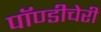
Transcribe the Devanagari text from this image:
पॉण्डीचेरी